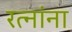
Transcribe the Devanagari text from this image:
रत्‍नांना